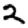
Digit: 2